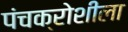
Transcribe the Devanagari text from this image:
पंचक्रोशीला